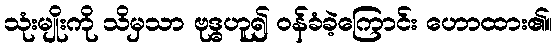
သုံးမျိုးကို သိမှသာ ဗုဒ္ဓဟူ၍ ဝန်ခံခဲ့ကြောင်း ဟောထား၏။